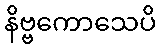
နိဗ္ဗကောသေပိ